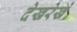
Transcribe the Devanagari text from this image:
देखरेखे